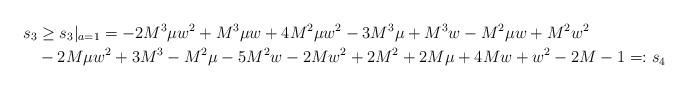
LaTeX: \begin{align*}s_3&\ge s_3|_{a=1}=-2M^3\mu w^2+M^3\mu w+4 {M}^2\mu {w}^2-3 {M}^3\mu+{M}^3w-{M}^2\mu w+{M}^2{w}^2\\ &-2M\mu w^2+3M^3-M^2\mu-5 M^2 w-2 M w^2+2 M^2+2 M\mu+4 Mw+w^2-2M-1=:s_4\end{align*}